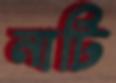
নাটি